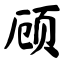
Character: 顾